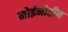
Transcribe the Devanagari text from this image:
मोईनोद्दीन